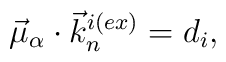
\vec{\mu}_{\alpha} \cdot {{\vec k}_n}^{i(ex)}=d_i,